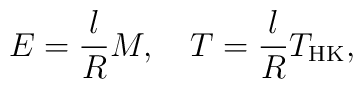
E = \frac{l}{R}M, \ \ \  T=\frac{l}{R}T_{\rm HK},